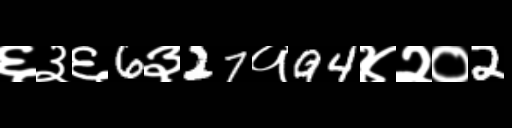
Text: ६३६6३27१94४२०2